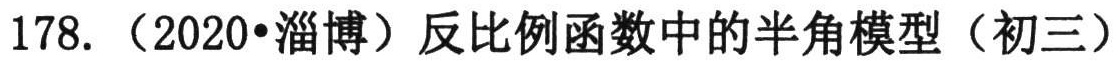
178. （2020•淄博）反比例函数中的半角模型（初三）